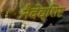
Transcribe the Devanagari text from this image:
नैवेद्यशिष्ट